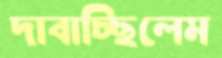
দাবাচ্ছিলেম